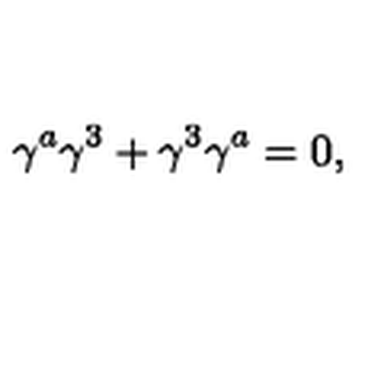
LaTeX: \gamma ^ { a } \gamma ^ { 3 } + \gamma ^ { 3 } \gamma ^ { a } = 0 , \qquad